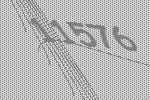
11576